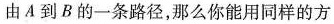
由A到B的一条路径，那么你能用同样的方